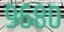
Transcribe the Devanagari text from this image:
९६८०